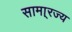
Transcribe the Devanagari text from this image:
सामा्रज्य